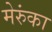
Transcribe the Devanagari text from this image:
मेरुंका